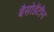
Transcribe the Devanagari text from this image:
बैसोडेंटीन